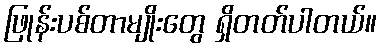
ဖြုန်းပစ်တာမျိုးတွေ ရှိတတ်ပါတယ်။